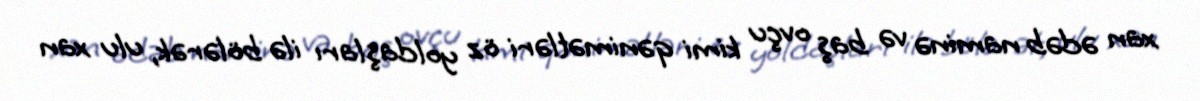
xan ədəb naminə və baş ovçu kimi qənimətləri öz yoldaşları ilə bölərək, ulu xan